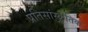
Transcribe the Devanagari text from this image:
प्रतिसांस्कृतिक